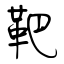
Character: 靶